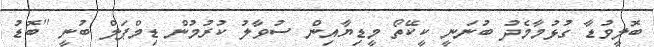
ބޮލީވުޑާ ގުޅުމާމެދު ބުނަނީ ކީކޭތޯ މީޑިޔާއިން ސުވާލު ކުރުމުން ޑިމްޕަލް ބުނީ ''ބޮޑު